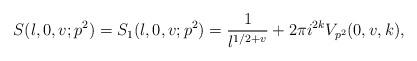
LaTeX: \begin{align*} S(l,0,v;p^2)=S_1(l,0,v;p^2)=\frac{1}{l^{1/2+v}}+2\pi i^{2k}V_{p^2}(0,v,k),\end{align*}